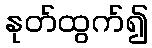
နုတ်ထွက်၍